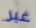
غير